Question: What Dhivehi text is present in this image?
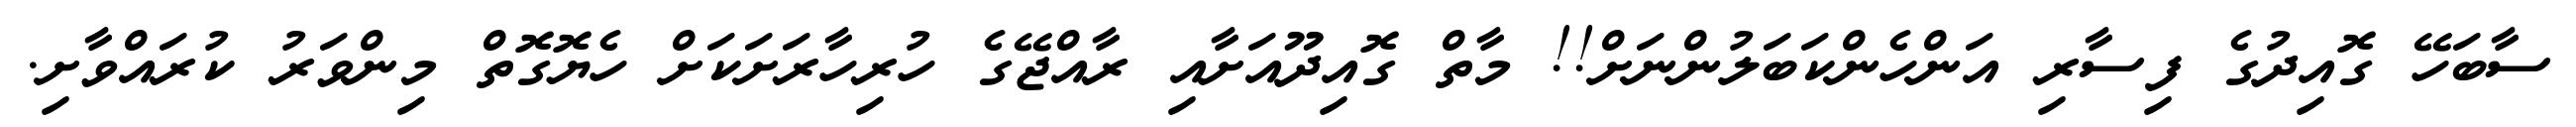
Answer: ސާބަހޭ ގޮއިދުގެ ފިސާރި އަންހެންކަބަލުންނަށް!! މާތް ގޮއިދޫއަށާއި ރާއްޖޭގެ ހުރިހާރަށަކަށް ހެޔޮގޮތް މިންވަރު ކުރައްވާށި.